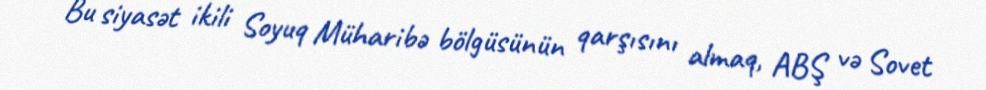
Bu siyasət ikili Soyuq Müharibə bölgüsünün qarşısını almaq, ABŞ və Sovet